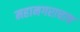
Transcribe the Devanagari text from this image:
महानगराचाच